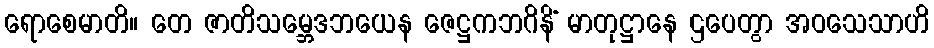
ရောစေမာတိ။ တေ ဇာတိသမ္ဘေဒဘယေန ဇေဋ္ဌကဘဂိနိံ မာတုဋ္ဌာနေ ဌပေတွာ အဝသေသာဟိ